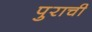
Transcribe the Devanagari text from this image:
पुराची